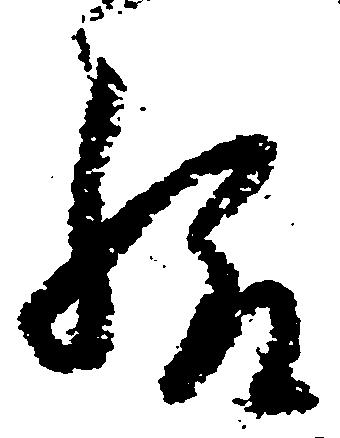
給